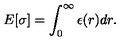
E [ \sigma ] = \int _ { 0 } ^ { \infty } \epsilon ( r ) d r .